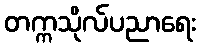
တက္ကသိုလ်ပညာရေး